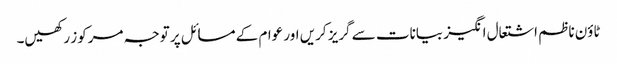
ٹاؤن ناظم اشتعال انگیز بیانات سے گریز کریں اور عوام کے مسائل پر توجہ مرکوز رکھیں۔